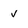
Character: V